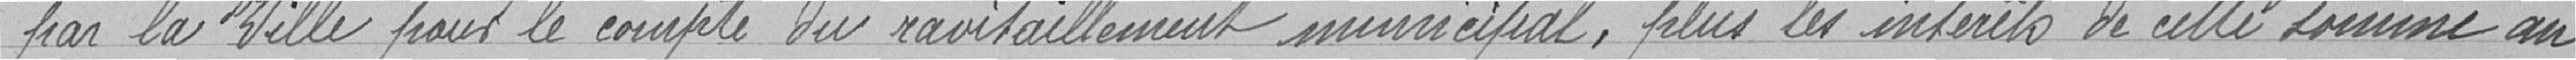
"par la Ville pour le compte du ravitaillement municipal, plus les intérêts de cette somme au